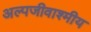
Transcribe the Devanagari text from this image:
अल्पजीवाश्मीय